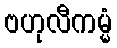
ဗဟုလီကမ္မံ